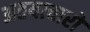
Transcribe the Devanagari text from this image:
अतयाचारों